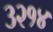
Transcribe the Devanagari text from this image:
३२१४